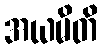
အယမိတိ